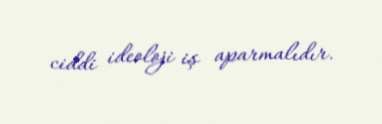
ciddi ideoloji iş aparmalıdır.